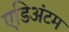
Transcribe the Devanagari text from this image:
एडिअंटम